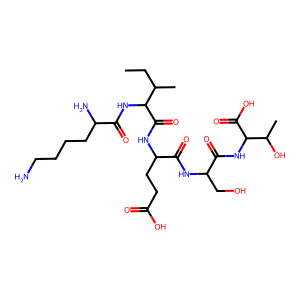
SMILES: CCC(C)C(NC(=O)C(N)CCCCN)C(=O)NC(CCC(=O)O)C(=O)NC(CO)C(=O)NC(C(=O)O)C(C)O
Inhibits HIV replication: No